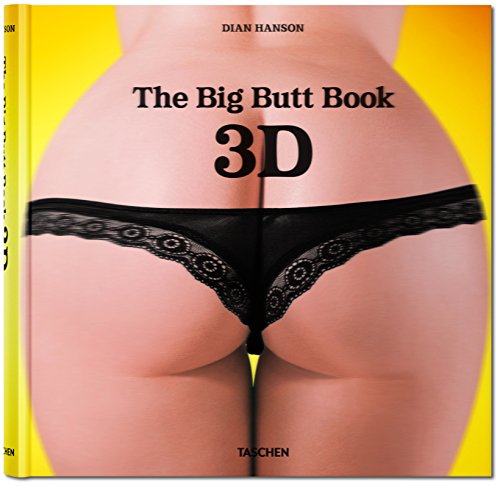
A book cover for The Big Butt Book 3D; Arts & Photography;